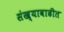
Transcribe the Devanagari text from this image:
संख्यावाढीत